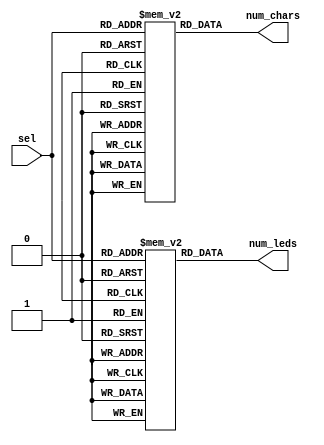
module config_rom (
    input wire [1:0] sel,
    output wire [2:0] num_chars,
    output wire [8:0] num_leds
);

reg [2:0] num_chars_mem [0:3];
reg [8:0] num_leds_mem [0:3];

integer i;
initial begin
    for (i=0; i<4; i=i+1) begin
        num_chars_mem[i] = 2*(i+1) - 1;
        num_leds_mem[i] = 2*35*(i+1) - 1;
    end
end

assign num_chars = num_chars_mem[sel];
assign num_leds = num_leds_mem[sel];

endmodule